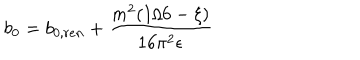
b _ { 0 } = b _ { 0 , r e n } + { \frac { m ^ { 2 } ( 1 / 6 - \xi ) } { 1 6 \pi ^ { 2 } \epsilon } }